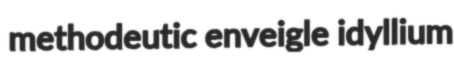
methodeutic enveigle idyllium